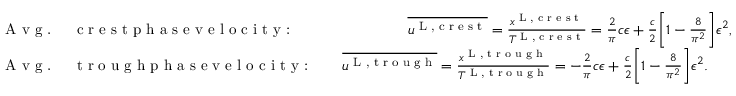
\begin{array} { r l } & { \textrm { A v g . \, \, c r e s t p h a s e v e l o c i t y : \, \, \, \, \, \, \, \, \, \, \, \, } \overline { { u ^ { \textnormal { L , c r e s t } } } } = \frac { x ^ { \textnormal { L , c r e s t } } } { T ^ { \textnormal { L , c r e s t } } } = \frac { 2 } { \pi } c \epsilon + \frac { c } { 2 } \bigg [ 1 - \frac { 8 } { \pi ^ { 2 } } \bigg ] \epsilon ^ { 2 } , } \\ & { \textrm { A v g . \, \, t r o u g h p h a s e v e l o c i t y : \, \, \, } \overline { { u ^ { \textnormal { L , t r o u g h } } } } = \frac { x ^ { \textnormal { L , t r o u g h } } } { T ^ { \textnormal { L , t r o u g h } } } = - \frac { 2 } { \pi } c \epsilon + \frac { c } { 2 } \bigg [ 1 - \frac { 8 } { \pi ^ { 2 } } \bigg ] \epsilon ^ { 2 } . } \end{array}